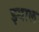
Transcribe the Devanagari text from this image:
झ्याल